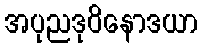
အပုညဒုဝိနောဒယာ